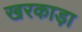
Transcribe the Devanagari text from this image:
खरकाड़ा